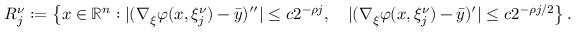
\begin{array} { r } { R _ { j } ^ { \nu } : = \left\{ { x \in \mathbb { R } ^ { n } : | ( \nabla _ { \xi } \varphi ( x , \xi _ { j } ^ { \nu } ) - \bar { y } ) ^ { \prime \prime } | \leq c 2 ^ { - \rho j } , \quad | ( \nabla _ { \xi } \varphi ( x , \xi _ { j } ^ { \nu } ) - \bar { y } ) ^ { \prime } | \leq c 2 ^ { - \rho j / 2 } } \right\} . } \end{array}